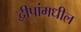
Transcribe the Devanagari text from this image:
द्वीपांमधील